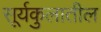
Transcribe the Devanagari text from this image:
सूर्यकुलातील